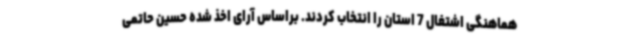
هماهنگی اشتغال 7 استان را انتخاب کردند. براساس آرای اخذ شده حسین حاتمی